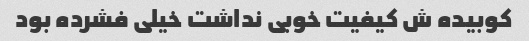
کوبیده ش کیفیت خوبی نداشت خیلی فشرده بود